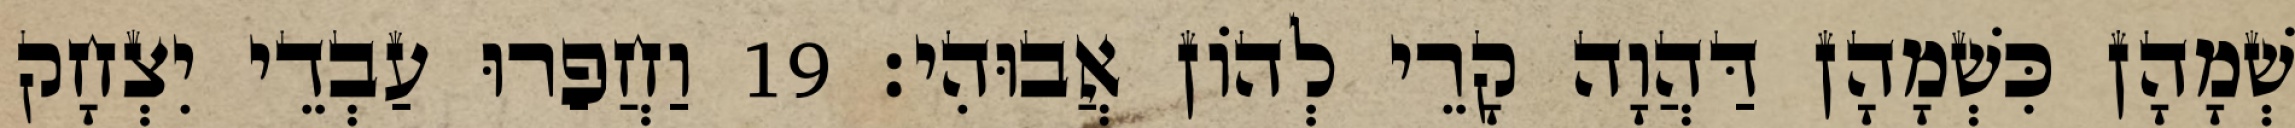
שְׁמָהָן כִּשְׁמָהָן דַּהֲוָה קָרֵי לְהוֹן אֲבוּהִי׃ 19 וַחֲפַרוּ עַבְדֵי יִצְחָק